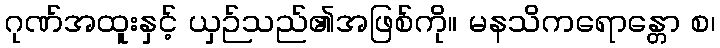
ဂုဏ်အထူးနှင့် ယှဉ်သည်၏အဖြစ်ကို။ မနသိကရောန္တော စ၊